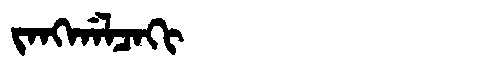
Manchu: ᠵᠠᠩᡤᠠᠯᠴᠠᡴᡳ
Romanization: JANGGALCAKI